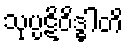
သုပ္ပဋိဝိဒ္ဓါတိ